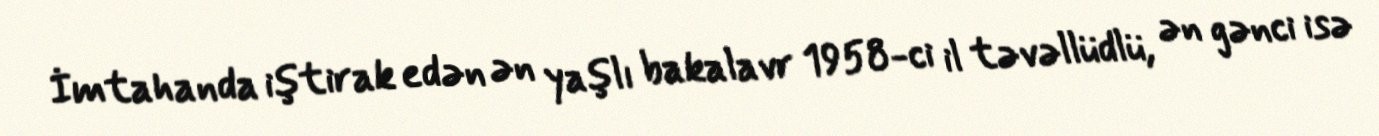
İmtahanda iştirak edən ən yaşlı bakalavr 1958-ci il təvəllüdlü, ən gənci isə